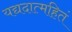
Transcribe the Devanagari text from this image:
यद्यदात्महितं